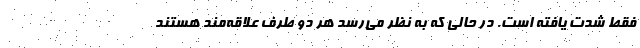
فقط شدت یافته است. در حالی که به نظر می‌رسد هر دو طرف علاقه‌مند هستند